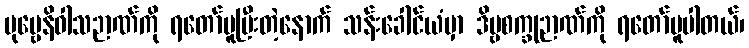
ပုဗ္ဗေနိဝါသဉာဏ်ကို ရတော်မူပြီးတဲ့နောက် သန်းခေါင်ယံမှာ ဒိဗ္ဗစက္ခုဉာဏ်ကို ရတော်မူပါတယ်၊